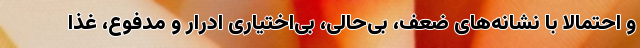
و احتمالا با نشانه‌های ضعف، بی‌حالی، بی‌اختیاری ادرار و مدفوع، غذا